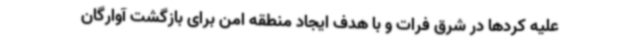
علیه کردها در شرق فرات و با هدف ایجاد منطقه امن برای بازگشت آوارگان